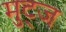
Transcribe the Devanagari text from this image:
मुट्‌ज